Papers set at the Examination for Leaving Certificates, 1895
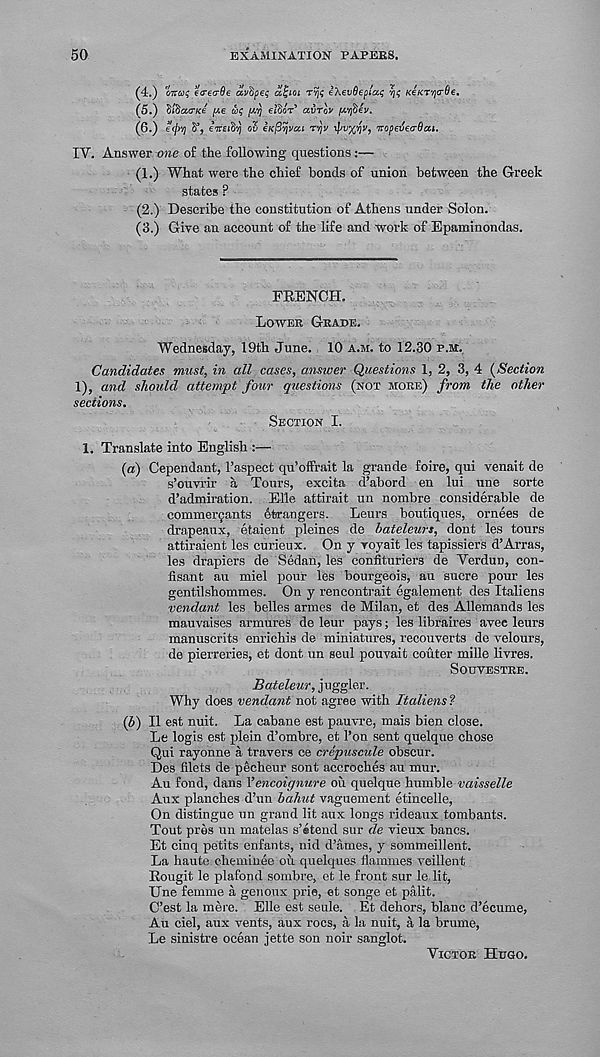
50
EXAMINATION PAPEE8,
(4.) otto? e<reo-6e avipeq aljioi
e\ev6epia.i; KeKTycr@e.
(5.) SlBaa-Ke y.e w; /x'^ ei’SoV airov /Aifiev.
(6.) e(jy/j S’, emifiy ov iK^vjvcci T/jv
vopetjeo-dai.
IV. Answer one of the following questions :—
(1.) What were the chief bonds of union between the Greek
states ?
(2.) Describe the constitution of Athens under Solon.
(3.) Give an account of the life and work of Bpaminondas.
FRENCH.
Lower Grade.
Wednesday, 19th June. 10 a.m. to 12.30 p.m.
Candidates must, in all cases, answer Questions 1, 2, 3, 4 (Section
1), and should attempt four questions (not more) from the other
sections.
Section I.
1. Translate into English :—
(a) Cependant, 1’aspect qu’offrait la grande foire, qui venait de
s’ouvrir a Tours, excita d’abord en lui une sorte
d’admiration. EUe attirait un nombre considerable de
commerCjiants 6trangers. Leurs boutiques, ornees de
drapeaux, etaient pleines de bateleurs, dont les tours
attiraient les curieux. On y voyait les tapissiers d’Arras,
les drapiers de Sedan, les confituriers de Verdun, con-
fisant au miel pour les bourgeois, au sucre pour les
gentilshommes. On y rencontrait egalement des Italiens
vendant les belles armes de Milan, et des Allemands les
raauvaises armures de leur pays; les libraires avee leurs
manuscrits enrichis de miniatures, recouverts de velours,
de pierreries, et dont un seul pouvait couter mille livres.
SonVESTRE.
Bateleur, juggler.
Why does vendant not agree with Italiens?
(b) II est nuit. La cabane est pauvre, mais bien close.
Le logis est plein d’ombre, et 1’on sent quelque chose
Qui rayonne a travers ce crepuscule obscur.
Des filets de pecheur sont accroches au mur.
Au fond, dans Vencoignure ou quelque humble vaisselle
Aux planches d’un bahut vaguement etincelle,
On distingue un grand lit aux longs rideaux tombants.
Tout pres un matelas s’etend sur de vieux bancs.
Et cinq petits enfants, nid d’ames, y sommeillent.
La haute chemiuee oil quelques flammes veillent
Rougit le plafond sombre, et le front sur le lit,
Une femme a genonx prie, et songe et palit.
C’est la mere. Elle est seule. Et dehors, blanc d’ecume,
Au ciel, aux vents, aux rocs, a la nuit, a la brume,
Le sinistre ocean jette son noir sanglot.
Victor Hugo.